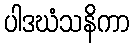
ပါဒဃံသနိကာ